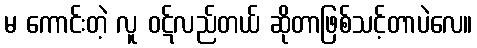
မ ကောင်းတဲ့ လူ ဝဋ်လည်တယ် ဆိုတာဖြစ်သင့်တာပဲလေ။